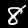
Label: 8